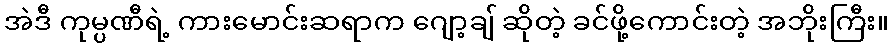
အဲဒီ ကုမ္ပဏီရဲ့ ကားမောင်းဆရာက ဂျော့ချ် ဆိုတဲ့ ခင်ဖို့ကောင်းတဲ့ အဘိုးကြီး။